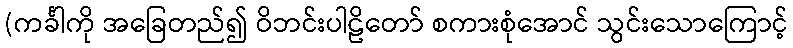
(ကင်္ခါကို အခြေတည်၍ ဝိဘင်းပါဠိတော် စကားစုံအောင် သွင်းသောကြောင့်